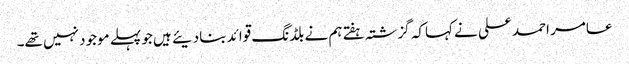
عامر احمد علی نے کہاکہ گزشتہ ہفتے ہم نے بلڈنگ قوائد بنادیئے ہیں جو پہلے موجود نہیں تھے۔